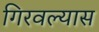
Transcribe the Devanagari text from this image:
गिरवल्यास